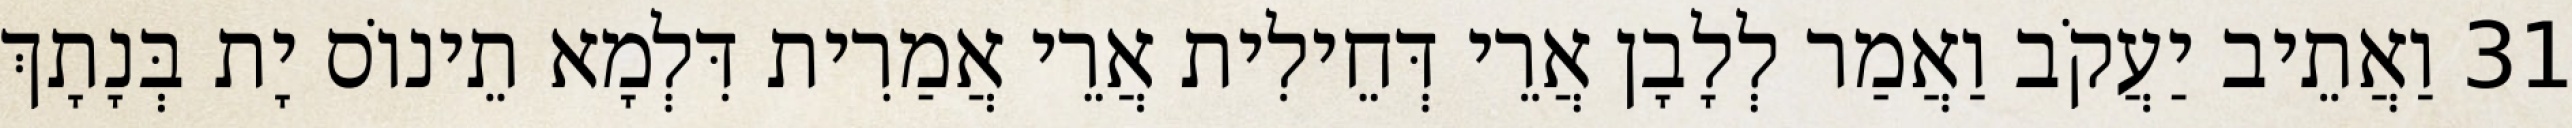
31 וַאֲתֵיב יַעֲקֹב וַאֲמַר לְלָבָן אֲרֵי דְּחֵילִית אֲרֵי אֲמַרִית דִּלְמָא תֵינוֹס יָת בְּנָתָךְ